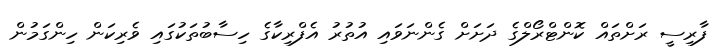
ފާރިސީ ރަށްތައް ކޮންޓްރޯލްގެ ދަށަށް ގެންނަވައި އުތުރު އެފްރިކާގެ ހިސާބުތަކުގައި ވެރިކަން ހިންގަމުން